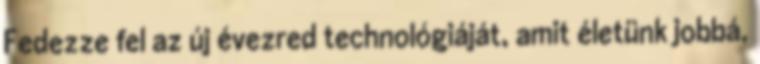
Fedezze fel az új évezred technológiáját, amit életünk jobbá,